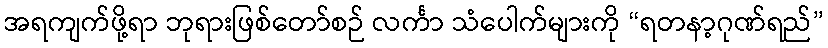
အရကျက်ဖို့ရာ ဘုရားဖြစ်တော်စဉ် လင်္ကာ သံပေါက်များကို “ရတနာ့ဂုဏ်ရည်”